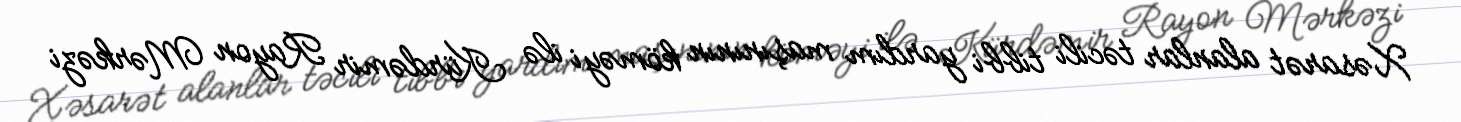
Xəsarət alanlar təcili tibbi yardım maşınının köməyi ilə Kürdəmir Rayon Mərkəzi